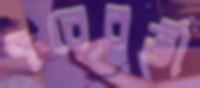
পরেবর্তী